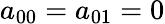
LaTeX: a_{00}=a_{01}=0